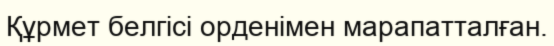
Құрмет белгісі орденімен марапатталған.